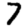
Digit: 7